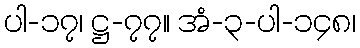
ပါ-၁၇၊ ဋ္ဌ-၇၇။ အံ-၃-ပါ-၁၄၈၊